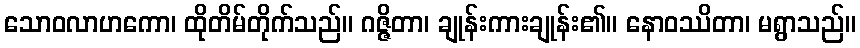
သောဝလာဟကော၊ ထိုတိမ်တိုက်သည်။ ဂဇ္ဇိတာ၊ ချုန်းကားချုန်း၏။ နောဝဿိတာ၊ မရွာသည်။